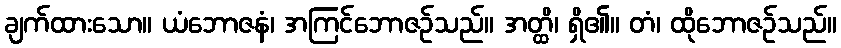
ချက်ထားသော။ ယံဘောဇနံ၊ အကြင်ဘောဇဉ်သည်။ အတ္ထိ၊ ရှိ၏။ တံ၊ ထိုဘောဇဉ်သည်။